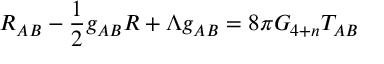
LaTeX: R _ { A B } - \frac { 1 } { 2 } g _ { A B } R + \Lambda g _ { A B } = 8 \pi G _ { 4 + n } T _ { A B }